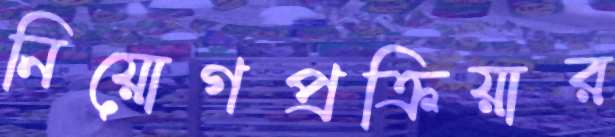
নিয়োগপ্রক্রিয়ার